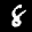
Label: 8